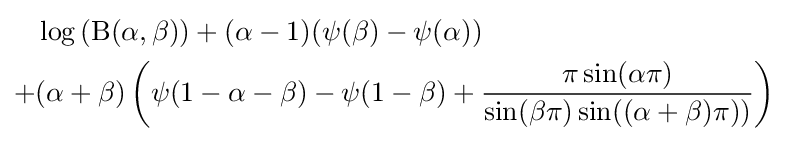
{\begin{aligned}&\log \left(\mathrm {B} (\alpha ,\beta )\right)+(\alpha -1)(\psi (\beta )-\psi (\alpha ))\\+&(\alpha +\beta )\left(\psi (1-\alpha -\beta )-\psi (1-\beta )+{\frac {\pi \sin(\alpha \pi )}{\sin(\beta \pi )\sin((\alpha +\beta )\pi ))}}\right)\end{aligned}}